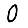
Digit: 0